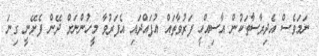
ނަމަވެސް އެދިރާސާތަކުން އާސިއްހީ ފަރުވާތައް އުފައްދައި އެފަރުވާ މީހުންނަށް ދޭން ފެށޭނީ ގިނަ